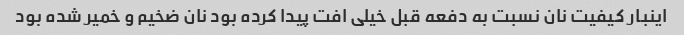
اینبار کیفیت نان نسبت به دفعه قبل خیلی افت پیدا کرده بود نان ضخیم و خمیر شده بود